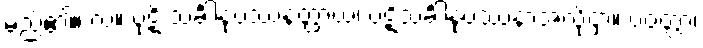
မည်၏။ လ။ ပုဋိ သင်္ခါနုပဿနတ္ထာယ၊ ပဋိသင်္ခါနုပဿနာအလို့ငှာ။ ပဝတ္တာ၊